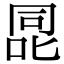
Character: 㖯